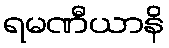
ရမဏီယာနိ